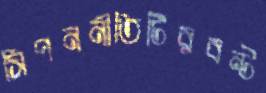
সিপননীতিটিরবন্ট